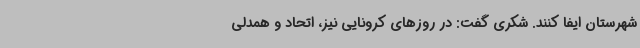
شهرستان ایفا کنند. شکری گفت: در روزهای کرونایی نیز، اتحاد و همدلی